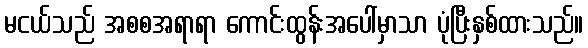
မငယ်သည် အစစအရာရာ ကောင်းထွန်းအပေါ်မှာသာ ပုံပြီးနှစ်ထားသည်။